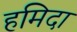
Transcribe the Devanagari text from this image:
हमिदा